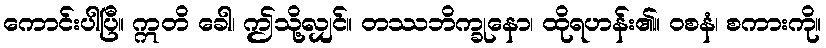
ကောင်းပါပြီ။ ဣတိ ခေါ၊ ဤသို့လျှင်။ တဿဘိက္ခုနော၊ ထိုရဟန်း၏။ ဝစနံ၊ စကားကို။